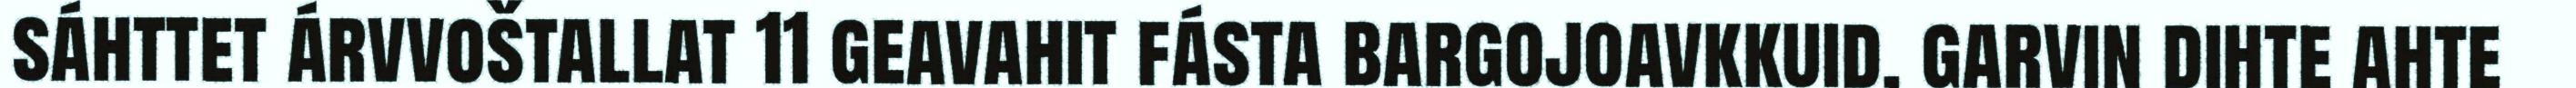
sáhttet árvvoštallat 11 geavahit fásta bargojoavkkuid, garvin dihte ahte